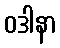
ဝဒါနာ